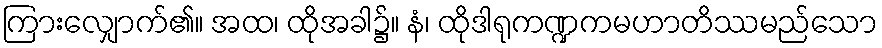
ကြားလျှောက်၏။ အထ၊ ထိုအခါ၌။ နံ၊ ထိုဒါရုကဏ္ဍကမဟာတိဿမည်သော